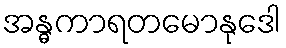
အန္ဓကာရတမောနုဒေါ